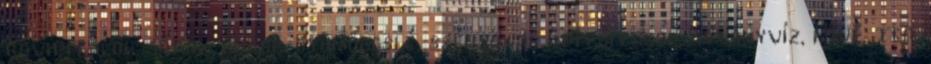
röviditalok, sörök, borok, gyümölcslé, szénsavas üdítőitalok, ásványvíz, kávé, tea,